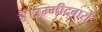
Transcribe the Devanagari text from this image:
हैं।उम्मीदवारों